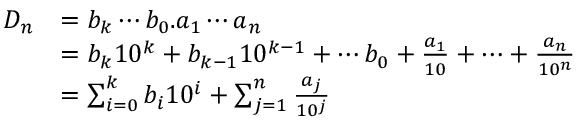
{ \begin{array} { r l } { D _ { n } } & { = b _ { k } \cdots b _ { 0 } . a _ { 1 } \cdots a _ { n } } \\ & { = b _ { k } 1 0 ^ { k } + b _ { k - 1 } 1 0 ^ { k - 1 } + \cdots b _ { 0 } + { \frac { a _ { 1 } } { 1 0 } } + \cdots + { \frac { a _ { n } } { 1 0 ^ { n } } } } \\ & { = \sum _ { i = 0 } ^ { k } b _ { i } 1 0 ^ { i } + \sum _ { j = 1 } ^ { n } { \frac { a _ { j } } { 1 0 ^ { j } } } } \end{array} }